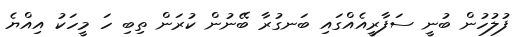
ފުލުހުން ބުނީ ސަފާރީއެއްގައި ބަނގުރާ ބޭނުން ކުރަން ތިބި ހަ މީހަކު އިއްޔެ